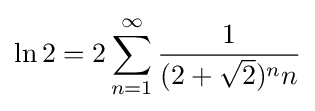
\ln 2=2\sum _{n=1}^{\infty }{\frac {1}{(2+{\sqrt {2}})^{n}n}}